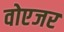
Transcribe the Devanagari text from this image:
वोएजर